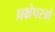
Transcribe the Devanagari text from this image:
प्रक्षेपस्त्रो